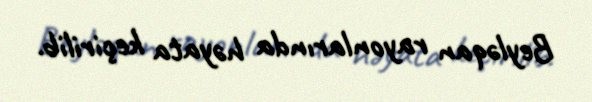
Beyləqan rayonlarında həyata keçirilib.